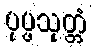
ပုပ္ဖသုတ္တံ